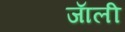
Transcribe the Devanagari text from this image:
जाॅली